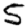
Digit: 5